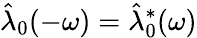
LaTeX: \hat{\lambda}_{0}(-\omega)=\hat{\lambda}_{0}^{*}(\omega)